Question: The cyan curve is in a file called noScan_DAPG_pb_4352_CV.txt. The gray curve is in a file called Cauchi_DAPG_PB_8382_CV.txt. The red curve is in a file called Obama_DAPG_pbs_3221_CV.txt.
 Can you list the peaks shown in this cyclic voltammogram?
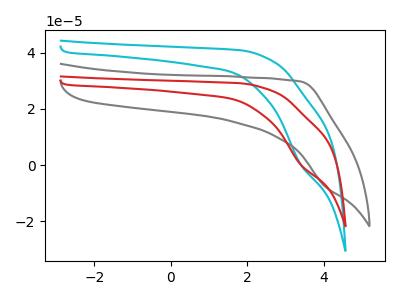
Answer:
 <answer>The cyan curve "DAPG_pb" has a cathodic peak at: (3.40V, 0.50uA). The gray curve "DAPG_PB" has no peaks. The red curve "DAPG_pbs" has a cathodic peak at: (3.40V, 0.35uA).</answer>
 <eval></eval>